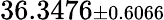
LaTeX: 36.3476{\scriptstyle\pm 0.6066}